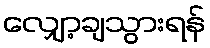
လျှော့ချသွားရန်